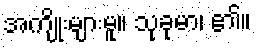
အကျိုးများမူ။ သုခုမာ၊ ၏။